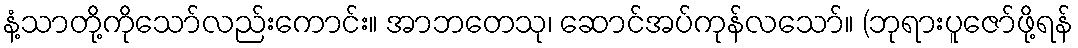
နံ့သာတို့ကိုသော်လည်းကောင်း။ အာဘတေသု၊ ဆောင်အပ်ကုန်လသော်။ (ဘုရားပူဇော်ဖို့ရန်